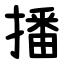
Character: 播